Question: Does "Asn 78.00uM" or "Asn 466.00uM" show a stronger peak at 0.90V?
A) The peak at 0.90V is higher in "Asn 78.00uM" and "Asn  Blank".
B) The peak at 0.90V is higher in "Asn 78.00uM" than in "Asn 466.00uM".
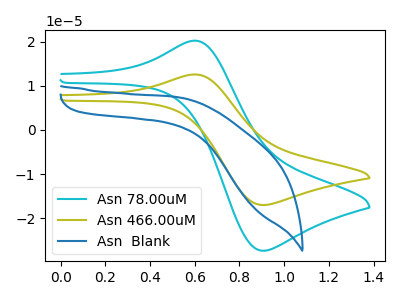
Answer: <think>The cyan curve "Asn 78.00uM" has an anodic peak at (0.60V, 20.25uA) and a cathodic peak at (0.90V, -27.40uA). The olive curve "Asn 466.00uM" has an anodic peak at (0.60V, 12.60uA) and a cathodic peak at (0.90V, -17.05uA). The blue curve "Asn  Blank" has no peaks.</think>
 <answer>B) The peak at 0.90V is higher in "Asn 78.00uM" than in "Asn 466.00uM".</answer>
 <eval>B</eval>